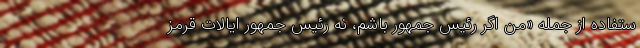
ستفاده از جمله «من اگر رئیس جمهور باشم، نه رئیس جمهور ایالات قرمز